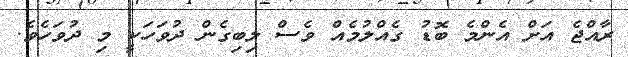
ރާއްޖެ އަށް އެންމެ ބޮޑު ގެއްލުމެއް ވެސް ލިބިގެން ދުވަހަކީ މި ދުވަހެވެ.